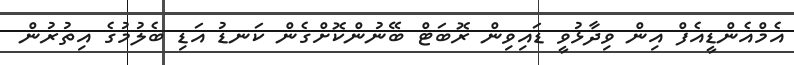
އެމްއެންޑީއެފް އިން ވިދާޅުވީ ޑައިވިން ރޮބަޓް ބޭނުންކޮށްގެން ކަނޑު އަޑި ބެލުމުގެ އިތުރުން